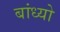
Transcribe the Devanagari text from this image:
बांध्‍यो